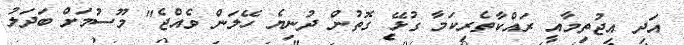
އަދި އިޖުތިމާއީ ރައްކާތެރިކަމާ ގުޅޭ ގޮތުން ދުނިޔެ ހޭލަން ވެއްޖެ" މޫސުމަށް ބަދަލު